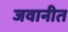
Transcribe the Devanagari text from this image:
जवानीत